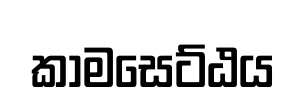
කාමසෙට්ඨය